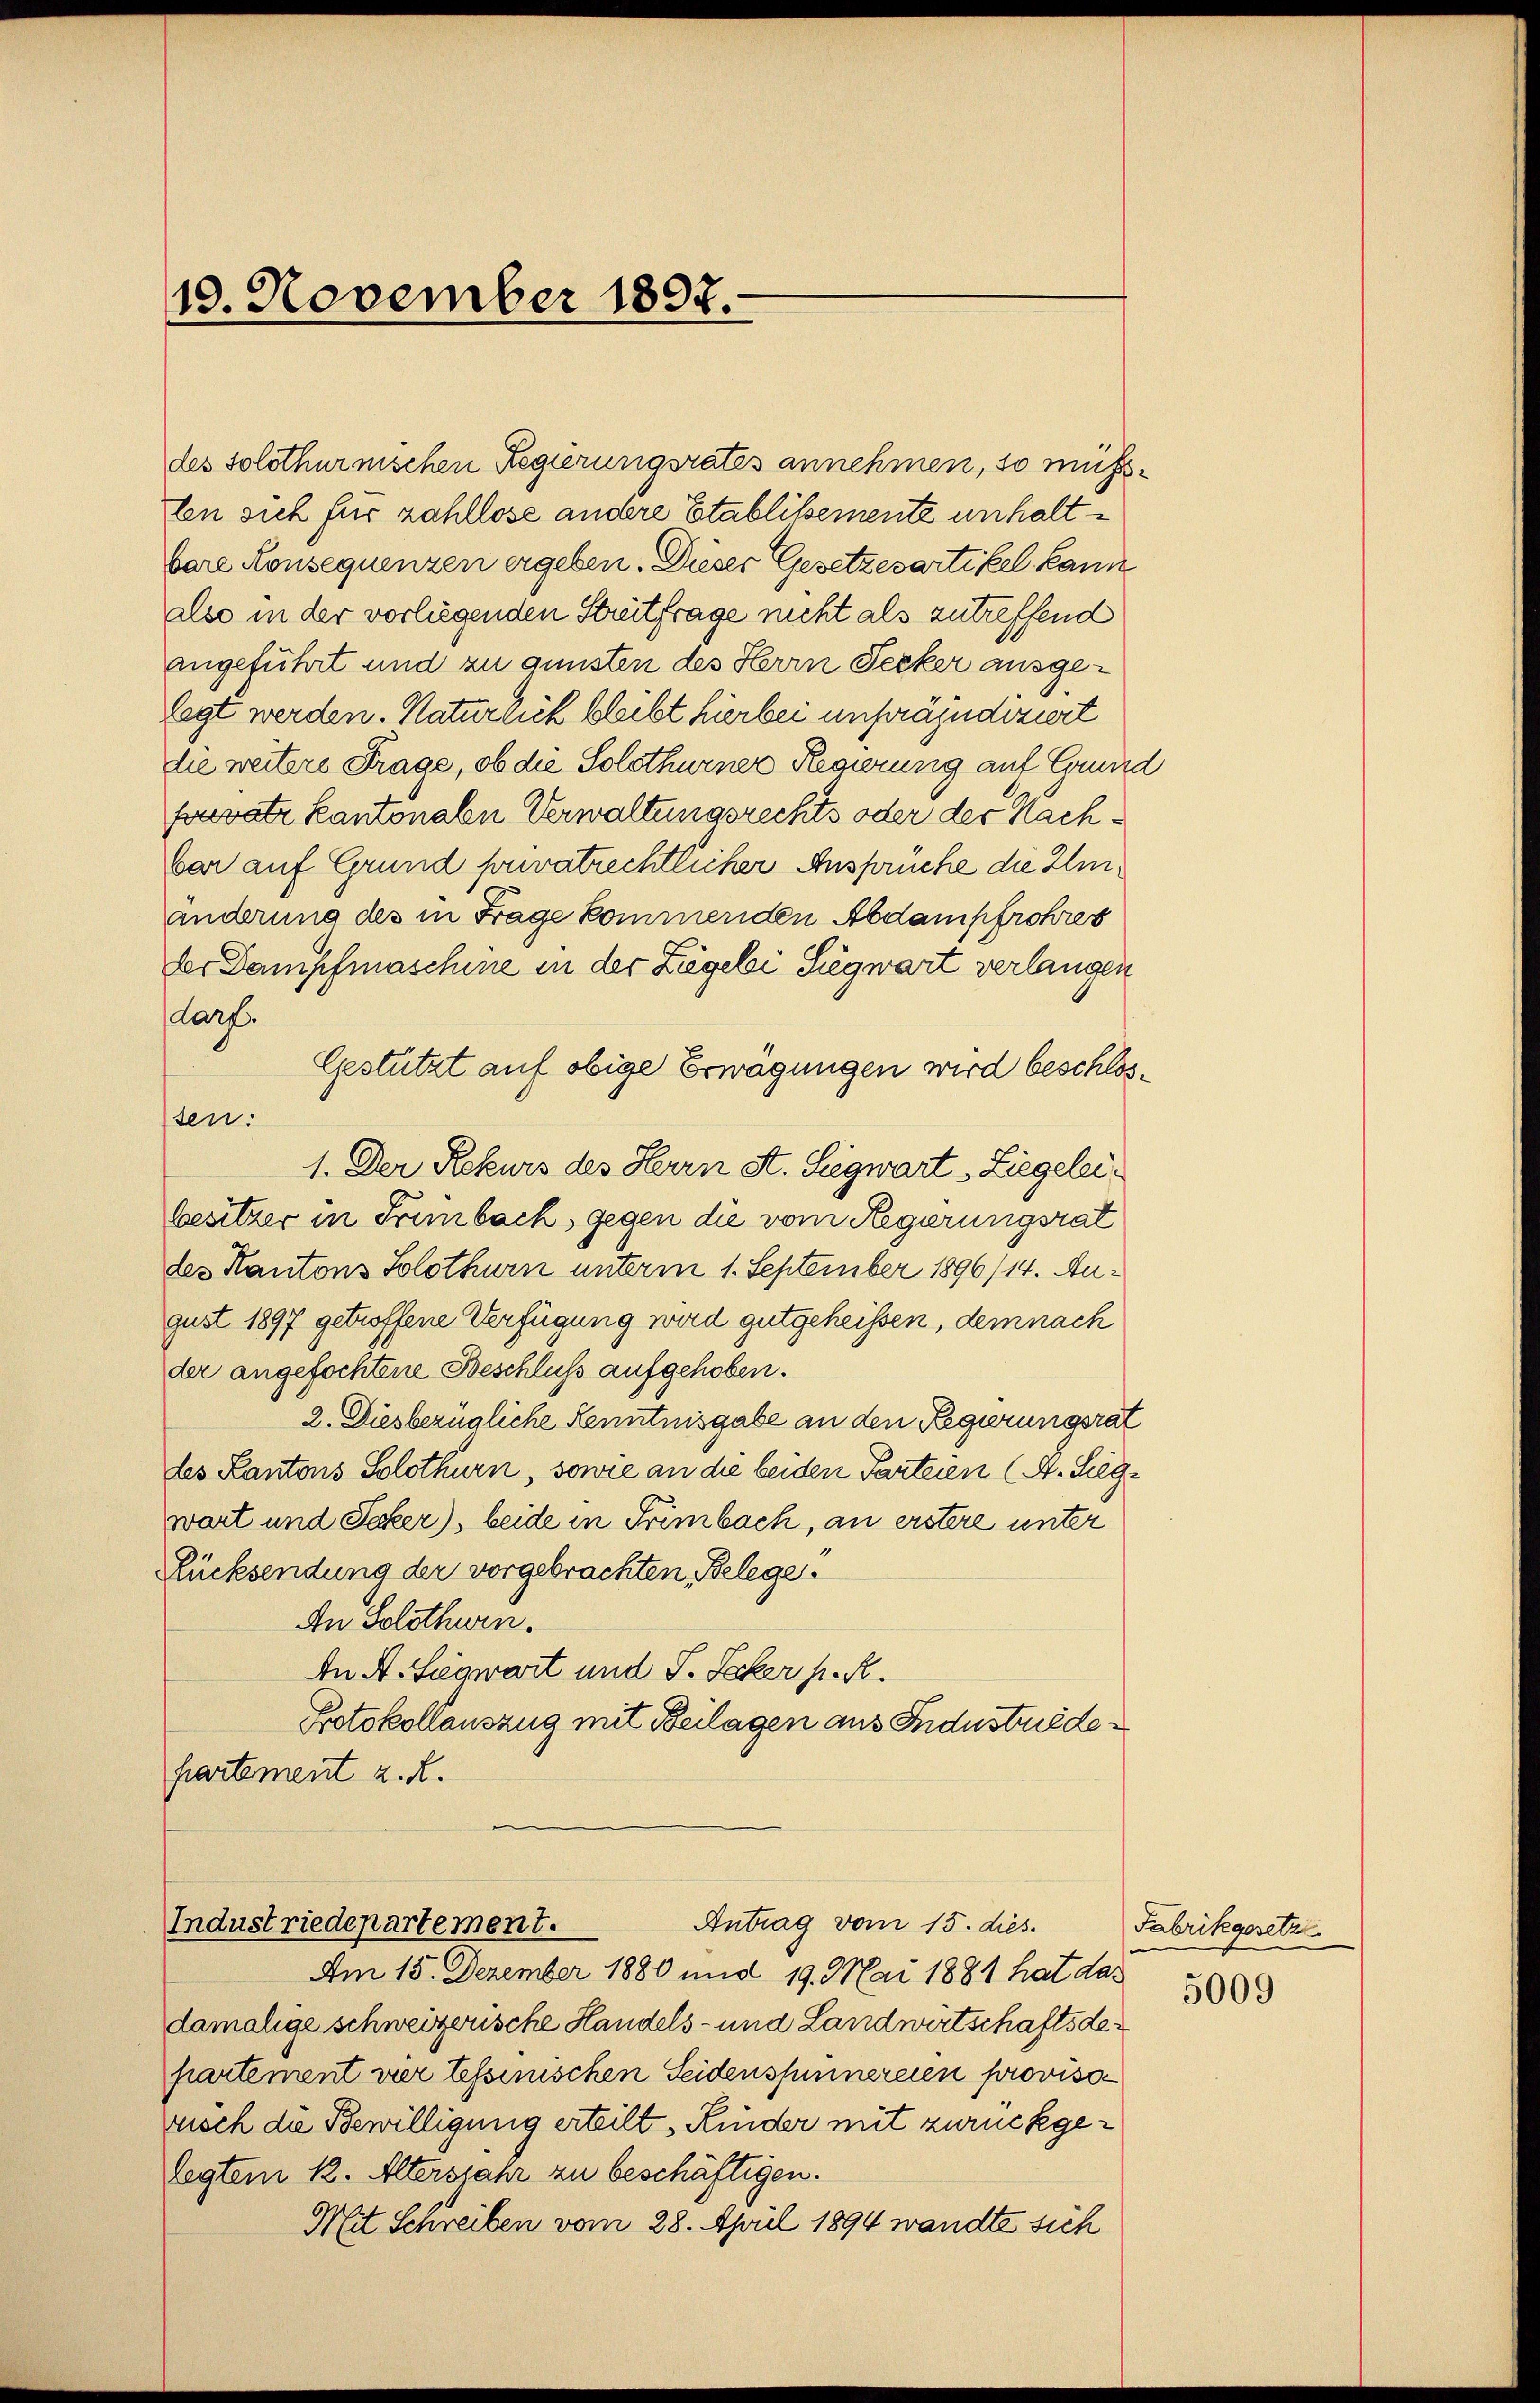
19. November 1897.

angeführt und zu gunsten des Herrn Secker ausgelegt werden. Natürlich bleibt hierbei unpräjudiziert
die weitere Frage, ob die Solothurner Regierung auf Grund
provatz kantonalen Verwaltungsrechts oder der Nachar auf Grund solvatrechtlicher Anspruche die Imänderung des in Frage kommenden Abdampfrohres
der Dampfmaschine in der Lägeli Siegwart verlangen
darf.
Gestützt auf obige Erwägungen wird beschlossen:
1. Der Rekurs des Herrn St. Siegwart Liegeleibesitzer in Trimbach, gegen die vom Regierungsrat
des Kantons Solothurn unterm 1. September 1896/14. August 1897 getroffene Verfügung wird gutgeheißen, demnach
der angefochtene Beschluss aufgehoben.
2. Diesbezügliche Kenntnisgabe an den Regierungsrat
des Kantons Solothurn, sowie an die beiden Parteien (A. Sieg-
wart und Secker), beide in Trimbach, an erstere unter
Rücksendung der vorgebrachten Belege.
An Solothurn.
In A. Siegwart und J. Seker h. R.
Protokollauszug mit Beilagen aus Industriede
partement z. R.

des solothurnischen Regierungsrates annehmen, so mußfen sich für zahllose andere Etablissemente unhaltbare Konsequenzen ergeben. Dieser Gesetzesartikel kann
also in der vorliegenden Streitfrage nicht als zutreffend

Antrag vom 15. dies.
Industriedepartement.
Am 15. Dezember 1880 und 19. Mai 1881 hat das

damalige schweizerische Handels- und Landwirtschaftsdepartement vier tessinischen Seidenspinnereien provisorisch die Bewilligung erteilt, Kinder mit zurückgelegtem k. Altersjahr zu beschäftigen.
Mit Schreiben vom 28. April 1894 wandte sich

Fabrikgesetz
5009